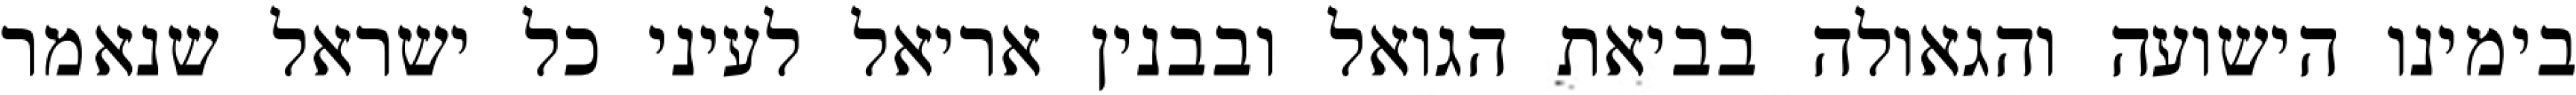
בימינו הישועה והגאולה בביאת הגואל ובבנין אריאל לעיני כל ישראל שנאמר